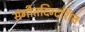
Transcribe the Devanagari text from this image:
संगीतदिग्दर्शित